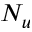
N _ { u }